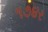
૧૭૪ર